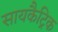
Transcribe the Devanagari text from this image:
सायकैट्रिक